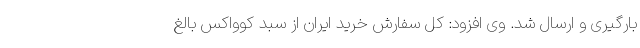
بارگیری و ارسال شد. وی افزود: کل سفارش خرید ایران از سبد کوواکس بالغ